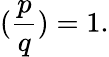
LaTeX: ({\frac{p}{q}})=1.